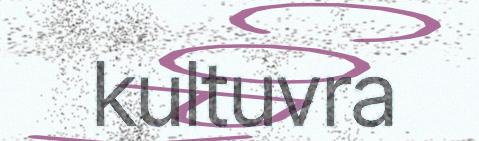
kultuvra